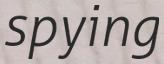
spying